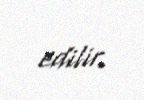
edilir.